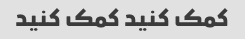
کمک کنید کمک کنید